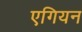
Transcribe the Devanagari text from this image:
एगियन